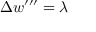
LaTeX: \Delta w ^ { \prime \prime \prime } = \lambda